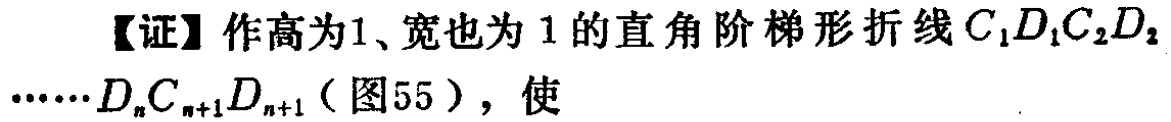
【证】作高为1、宽也为 1 的直角阶梯形折线 \(C_1D_1C_2D_2\cdots D_nC_{n + 1}D_{n+1}\)（图55），使